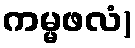
ကမ္မဖလံ)